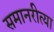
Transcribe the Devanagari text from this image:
समानरीत्या